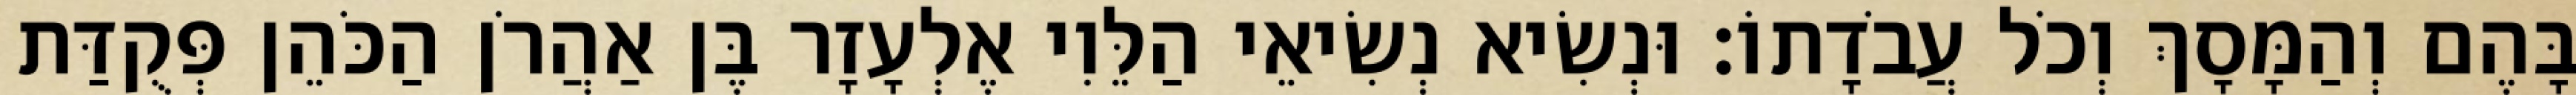
בָּהֶם וְהַמָּסָךְ וְכֹל עֲבֹדָתוֹ׃ וּנְשִׂיא נְשִׂיאֵי הַלֵּוִי אֶלְעָזָר בֶּן אַהֲרֹן הַכֹּהֵן פְּקֻדַּת